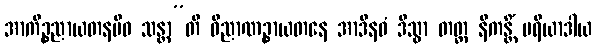
အာကိဉ္စညာယတနမိဝ သန္တာ”တိ ဝိညာဏဉ္စာယတနေ အာဒီနဝံ ဒိသွာ တတ္ထ နိကန္တိံ ပရိယာဒါယ